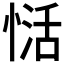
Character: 𰑺